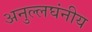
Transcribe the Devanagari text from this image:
अनुल्लघंनीय